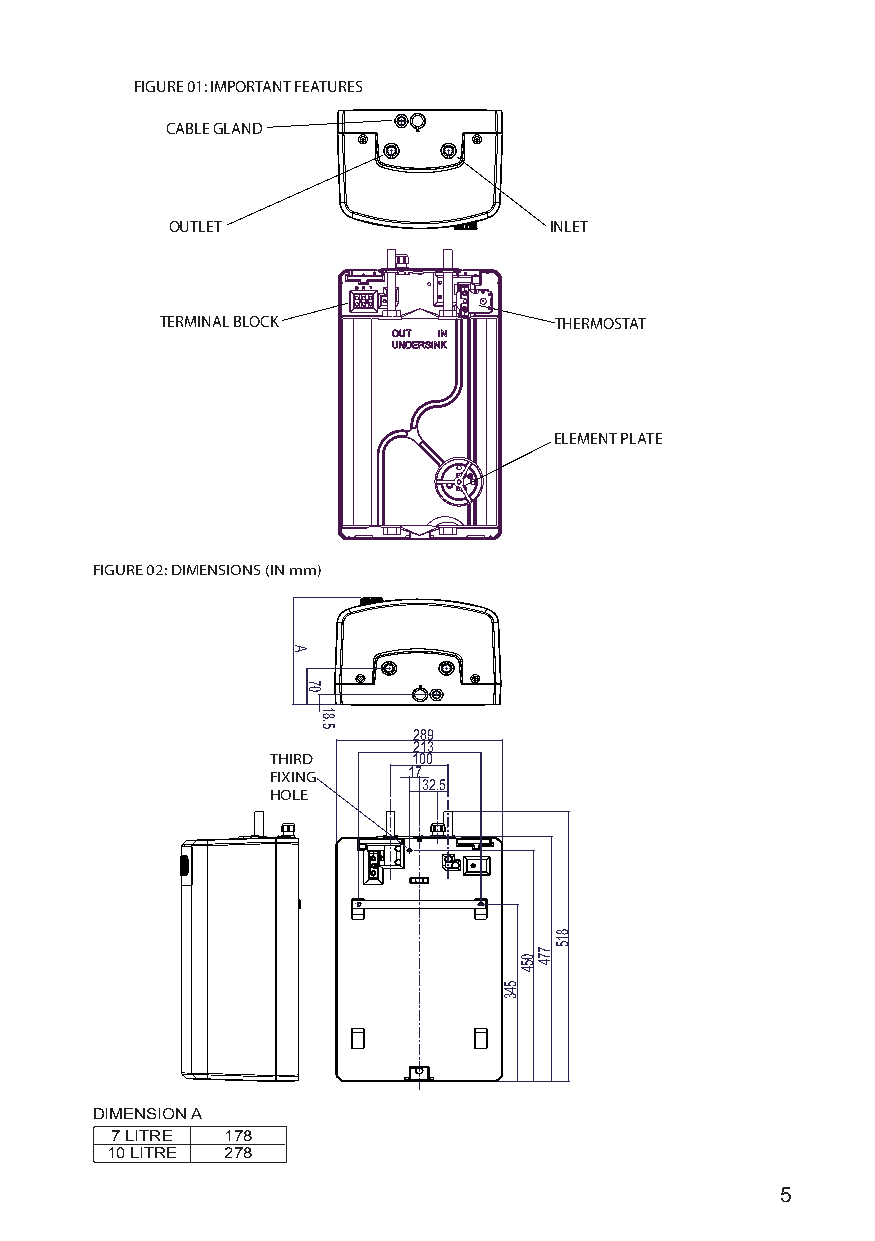
FIGURE 01: IMPORTANT FEATURES
 CABLE GLAND
 OUTLET                   INLET
 TERMINAL BLOCK            THERMOSTAT
 ELEMENT PLATE
 FIGURE 02: DIMENSIONS (IN mm)
 289
 213
 THIRD    100
 FIXING   17
 32.5
 HOLE
 DIMENSION A
 7 LITRE 178
 10 LITRE 278
 5
 A
 70
 18.5
 543
 054
 774
 815